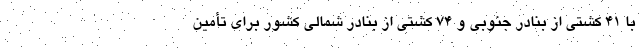
با ۴۱ کشتی از بنادر جنوبی و ۷۴ کشتی از بنادر شمالی کشور برای تأمین